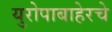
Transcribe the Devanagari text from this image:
युरोपाबाहेरचे